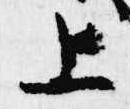
上